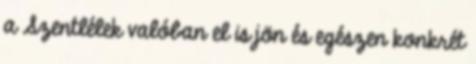
a Szentlélek valóban el is jön és egészen konkrét